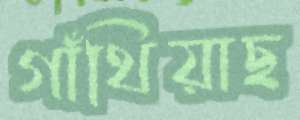
গাঁথিয়াছ